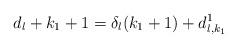
LaTeX: \begin{align*}d_{l} + k_{1} + 1 = \delta_{l}(k_{1}+1) + d_{l,k_{1}}^{1} \end{align*}